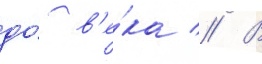
до́ в'е́ка // В